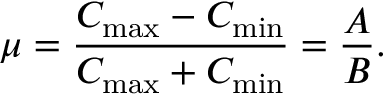
\mu = \frac { C _ { \mathrm { m a x } } - C _ { \mathrm { m i n } } } { C _ { \mathrm { m a x } } + C _ { \mathrm { m i n } } } = \frac { A } { B } .